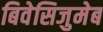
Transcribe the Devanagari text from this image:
बिवेसिजुमेब